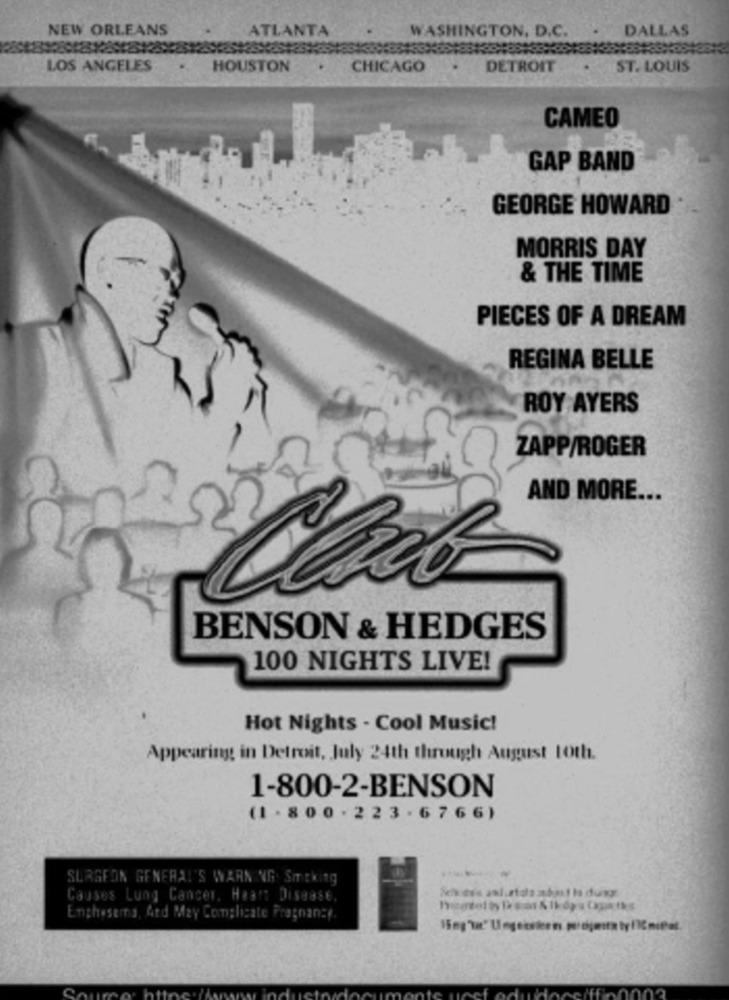
NEW ORLEANS
ATLANTA
WASHINGTON, D.C.
. DALLAS
LOS ANGELES
HOUSTON
CHICAGO
DETROIT
ST. LOUIS
CAMEO
GAP BAND
GEORGE HOWARD
MORRIS DAY
& THE TIME
PIECES OF A DREAM
REGINA BELLE
ROY AYERS
ZAPP/ROGER
AND MORE ...
BENSON & HEDGES
100 NIGHTS LIVE!
Hot Nights - Cool Music!
Appearing in Detroit, July 24th through August 10th.
1-800-2-BENSON
(1 - 800 . 223 - 6766)
SURGEON GENERAL'S WARNING Smtkitg
Causes Lung Cancer, Haan Disease.
Enghesemy, And May Complicate Pregnancy.
doceiffi000na